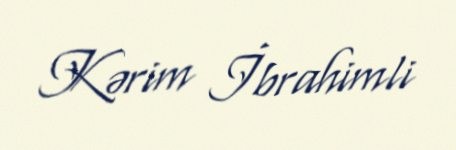
Kərim İbrahimli